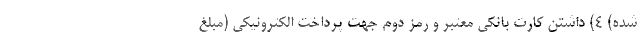
شده) ۴) داشتن کارت بانکی معتبر و رمز دوم جهت پرداخت الکترونیکی (مبلغ